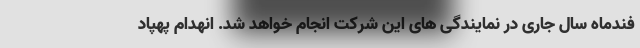
فندماه سال جاری در نمایندگی های این شرکت انجام خواهد شد. انهدام پهپاد